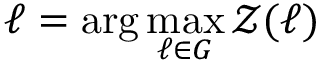
\ell = \arg \operatorname* { m a x } _ { \ell \in G } \mathcal { Z } ( \ell )